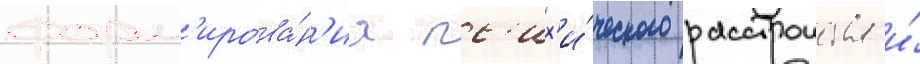
форм'ирова́н'иа пс'их'и́ческого расстроиства и́